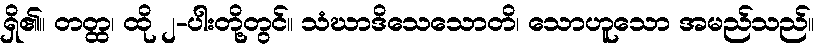
ရှိ၏။ တတ္ထ၊ ထို ၂-ပါးတို့တွင်။ သံဃာဒိသေသောတိ၊ သောဟူသော အမည်သည်။